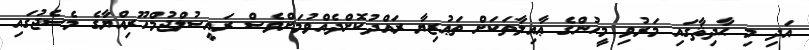
އަދި މި ޙާދިޘާގައި މަރުވި މީހުންގެ ޢާއިލާތަކަށް ތަޢުޒިޔާ ރައްދުކޮށްދެއްވުމަށްވެސް ރައީސުލްޖުމްހޫރިއްޔާގެ މެސެޖުގައި